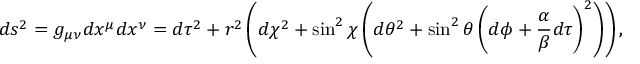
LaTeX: d s ^ { 2 } = g _ { \mu \nu } d x ^ { \mu } d x ^ { \nu } = d \tau ^ { 2 } + r ^ { 2 } \left( d \chi ^ { 2 } + \sin ^ { 2 } \chi \left( d \theta ^ { 2 } + \sin ^ { 2 } \theta \left( d \phi + { \frac { \alpha } { \beta } } d \tau \right) ^ { 2 } \right) \right) \space ,